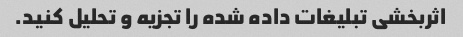
اثربخشی تبلیغات داده شده را تجزیه و تحلیل کنید.